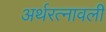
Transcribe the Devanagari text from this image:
अर्थरत्नावली